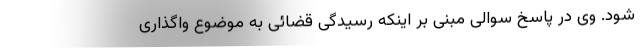
شود. وی در پاسخ سوالی مبنی بر اینکه رسیدگی قضائی به موضوع واگذاری